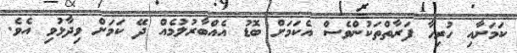
ކަމަށާއި ހުރިހާ ފަރާތްތަކުންވެސް އެކަމަށް ބޮޑު އެއްބާރުލުމެއް ދޭ ކަމަށް ވިދާޅުވި އެވެ.